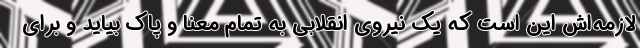
لازمه‌اش این است که یک نیروی انقلابی به تمام معنا و پاک بیاید و برای